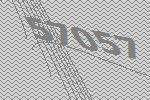
57057